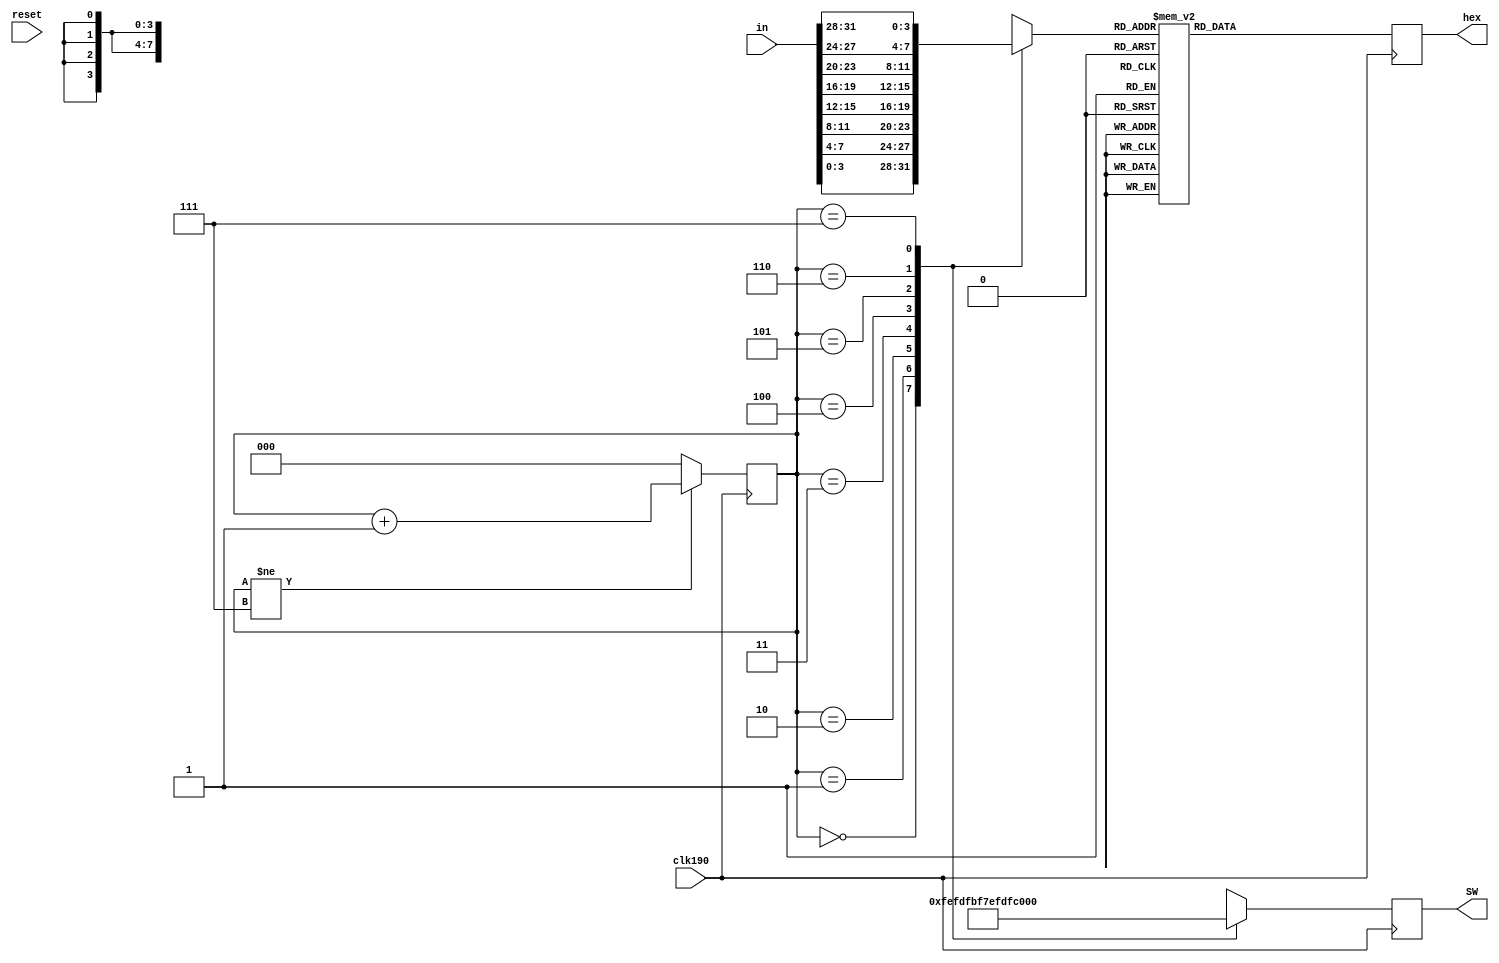
`timescale 1ns / 1ps
//////////////////////////////////////////////////////////////////////////////////
// Company: 
// Engineer: 
// 
// Design Name: 
// Module Name: display
// Project Name: 
// Target Devices: 
// Tool Versions: 
// Description: 
// 
// Dependencies: 
// 
// Revision:
// Revision 0.01 - File Created
// Additional Comments:
// 
//////////////////////////////////////////////////////////////////////////////////


module display(input clk190,
               input [31:0] in,
               output reg [6:0] hex,
               output reg [7:0] SW,
               input reset);
    
    reg [2:0] tim;
    reg [3:0] bi;

    always @ (posedge clk190)
    begin
        case (tim)
            3'b000: begin SW = 8'b11111110; bi = in[3:0]; end
            3'b001: begin SW = 8'b11111101; bi = in[7:4]; end
            3'b010: begin SW = 8'b11111011; bi = in[11:8]; end
            3'b011: begin SW = 8'b11110111; bi = in[15:12]; end
            3'b100: begin SW = 8'b11101111; bi = in[19:16]; end
            3'b101: begin SW = 8'b11011111; bi = in[23:20]; end
            3'b110: begin SW = 8'b10111111; bi = in[27:24]; end
            3'b111: begin SW = 8'b01111111; bi = in[31:28]; end
            default: begin SW = 8'b11111110; bi = in[3:0]; end
        endcase
        case(bi)
            4'b0000: hex = 7'b1_0_0_0_0_0_0;
            4'b0001: hex = 7'b1_1_1_1_0_0_1;
            4'b0010: hex = 7'b0_1_0_0_1_0_0;
            4'b0011: hex = 7'b0_1_1_0_0_0_0;
            4'b0100: hex = 7'b0_0_1_1_0_0_1;
            4'b0101: hex = 7'b0_0_1_0_0_1_0; 
            4'b0110: hex = 7'b0_0_0_0_0_1_0;    
            4'b0111: hex = 7'b1_1_1_1_0_0_0;
            4'b1000: hex = 7'b0_0_0_0_0_0_0;
            4'b1001: hex = 7'b0_0_1_0_0_0_0;
            4'b1010: hex = 7'b0_0_0_1_0_0_0;
            4'b1011: hex = 7'b0_0_0_0_0_1_1;
            4'b1100: hex = 7'b1_0_0_0_1_1_0;
            4'b1101: hex = 7'b0_1_0_0_0_0_1;
            4'b1110: hex = 7'b0_0_0_0_1_1_0;
            4'b1111: hex = 7'b0_0_0_1_1_1_0;
            default: hex = 7'b1_0_0_0_0_0_0;
        endcase
        if(tim != 3'b111) tim = tim + 1;
        else tim = 0;
    end
endmodule